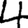
Digit: 4